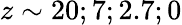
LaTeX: z\sim 20;7;2.7;0